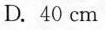
D.40cm